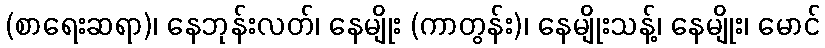
(စာရေးဆရာ)၊ နေဘုန်းလတ်၊ နေမျိုး (ကာတွန်း)၊ နေမျိုးသန့်၊ နေမျိုး၊ မောင်